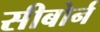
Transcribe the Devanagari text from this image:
सीबोर्न